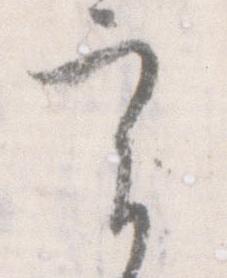
実